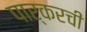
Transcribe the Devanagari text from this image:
पार्करची